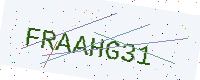
Text: FRAAHG31